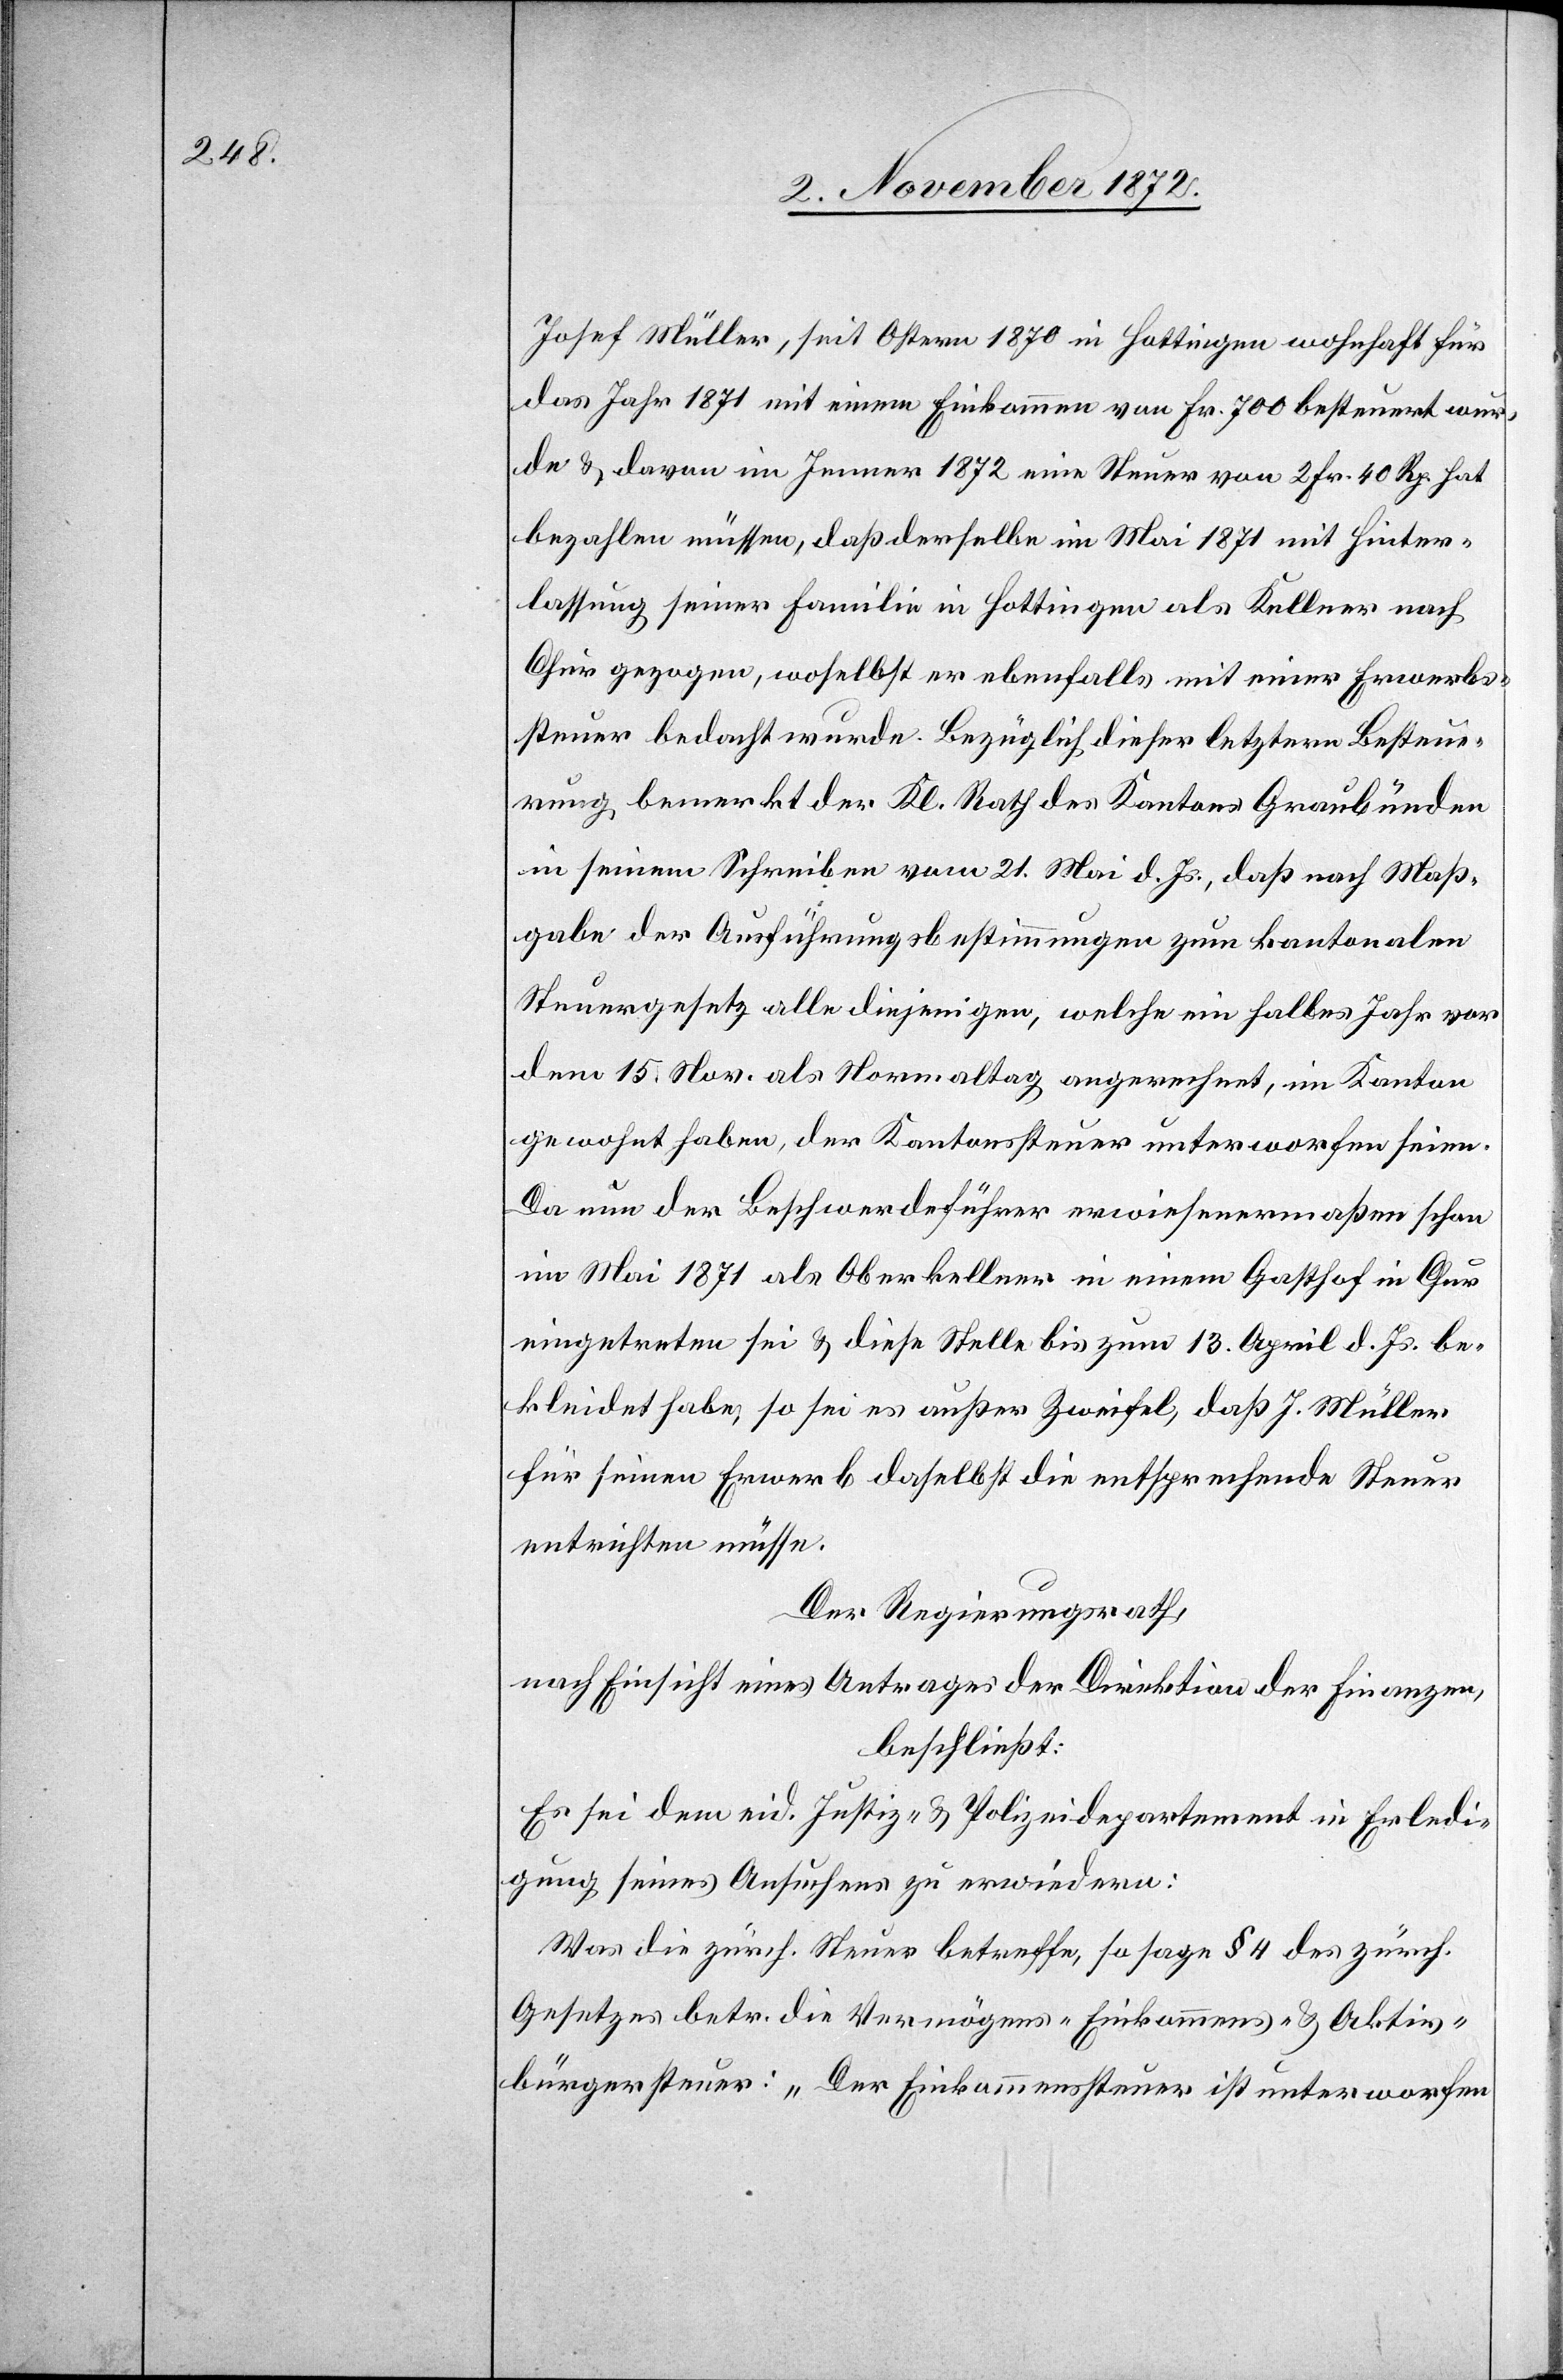
Josef Müller, seit Ostern 1870 in Hottingen wohnhaft für
das Jahr 1871 mit einem Einkommen von Fr. 700 besteuert wur¬
de u. davon im Jenner 1872 eine Steuer von 2 Fr. 40 Rp. hat
bezahlen müssen, daß derselbe im Mai 1871 mit Hinter¬
lassung seiner Familie in Hottingen als Kellner nach
Chur gezogen, woselbst er ebenfalls mit einer Erwerbs¬
steuer bedacht wurde. Bezüglich dieser letztern Besteue¬
rung bemerkt der Kl. Rath des Kantons Graubünden
in seinem Schreiben vom 21. Mai d. Js., daß nach Maß¬
gabe der Ausführungsbestimmungen zum kantonalen
Steuergesetz alle diejenigen, welche ein halbes Jahr vor
dem 15. Nov. als Normaltag angerechnet, im Kanton
gewohnt haben, der Kantonssteuer unterworfen seien.
Da nun der Beschwerdeführer erwiesenermaßen schon
im Mai 1871 als Oberkellner in einem Gasthof in Chur
eingetreten sei u. diese Stelle bis zum 13. April d. Js. be¬
kleidet habe, so sei es außer Zweifel, daß J. Müller
für seinen Erwerb daselbst die entsprechende Steuer
entrichten müsse.
Der Regierungsrath,
nach Einsicht eines Antrages der Direktion der Finanzen,
beschließt:
Es sei dem eid. Justiz- u. Polizeidepartement in Erledi¬
gung seines Ansuchens zu erwiedern:
Was die zürch. Steuer betreffe, so sage § 4 des zürch.
Gesetzes betr. die Vermögens- Einkommens- u. Aktiv¬
bürgersteuer: „Der Einkommenssteuer ist unterworfen